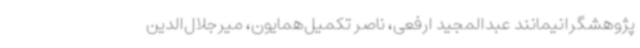
پژوهشگرانیمانند عبدالمجید ارفعی، ناصر تکمیل‌همایون، میرجلال‌الدین